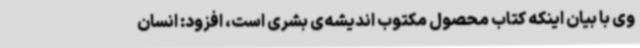
وی با بیان اینکه کتاب محصول مکتوب اندیشه‌ی بشری است، افزود: انسان